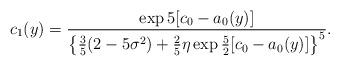
LaTeX: \begin{align*}c_1(y)=\frac{\exp5[c_0-a_0(y)]}{\left\{\frac{3}{5}(2-5\sigma^2)+\frac{2}{5}\eta\exp\frac{5}{2}[c_0-a_0(y)]\right\}^5}.\end{align*}